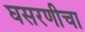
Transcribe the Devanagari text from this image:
घसरणीचा